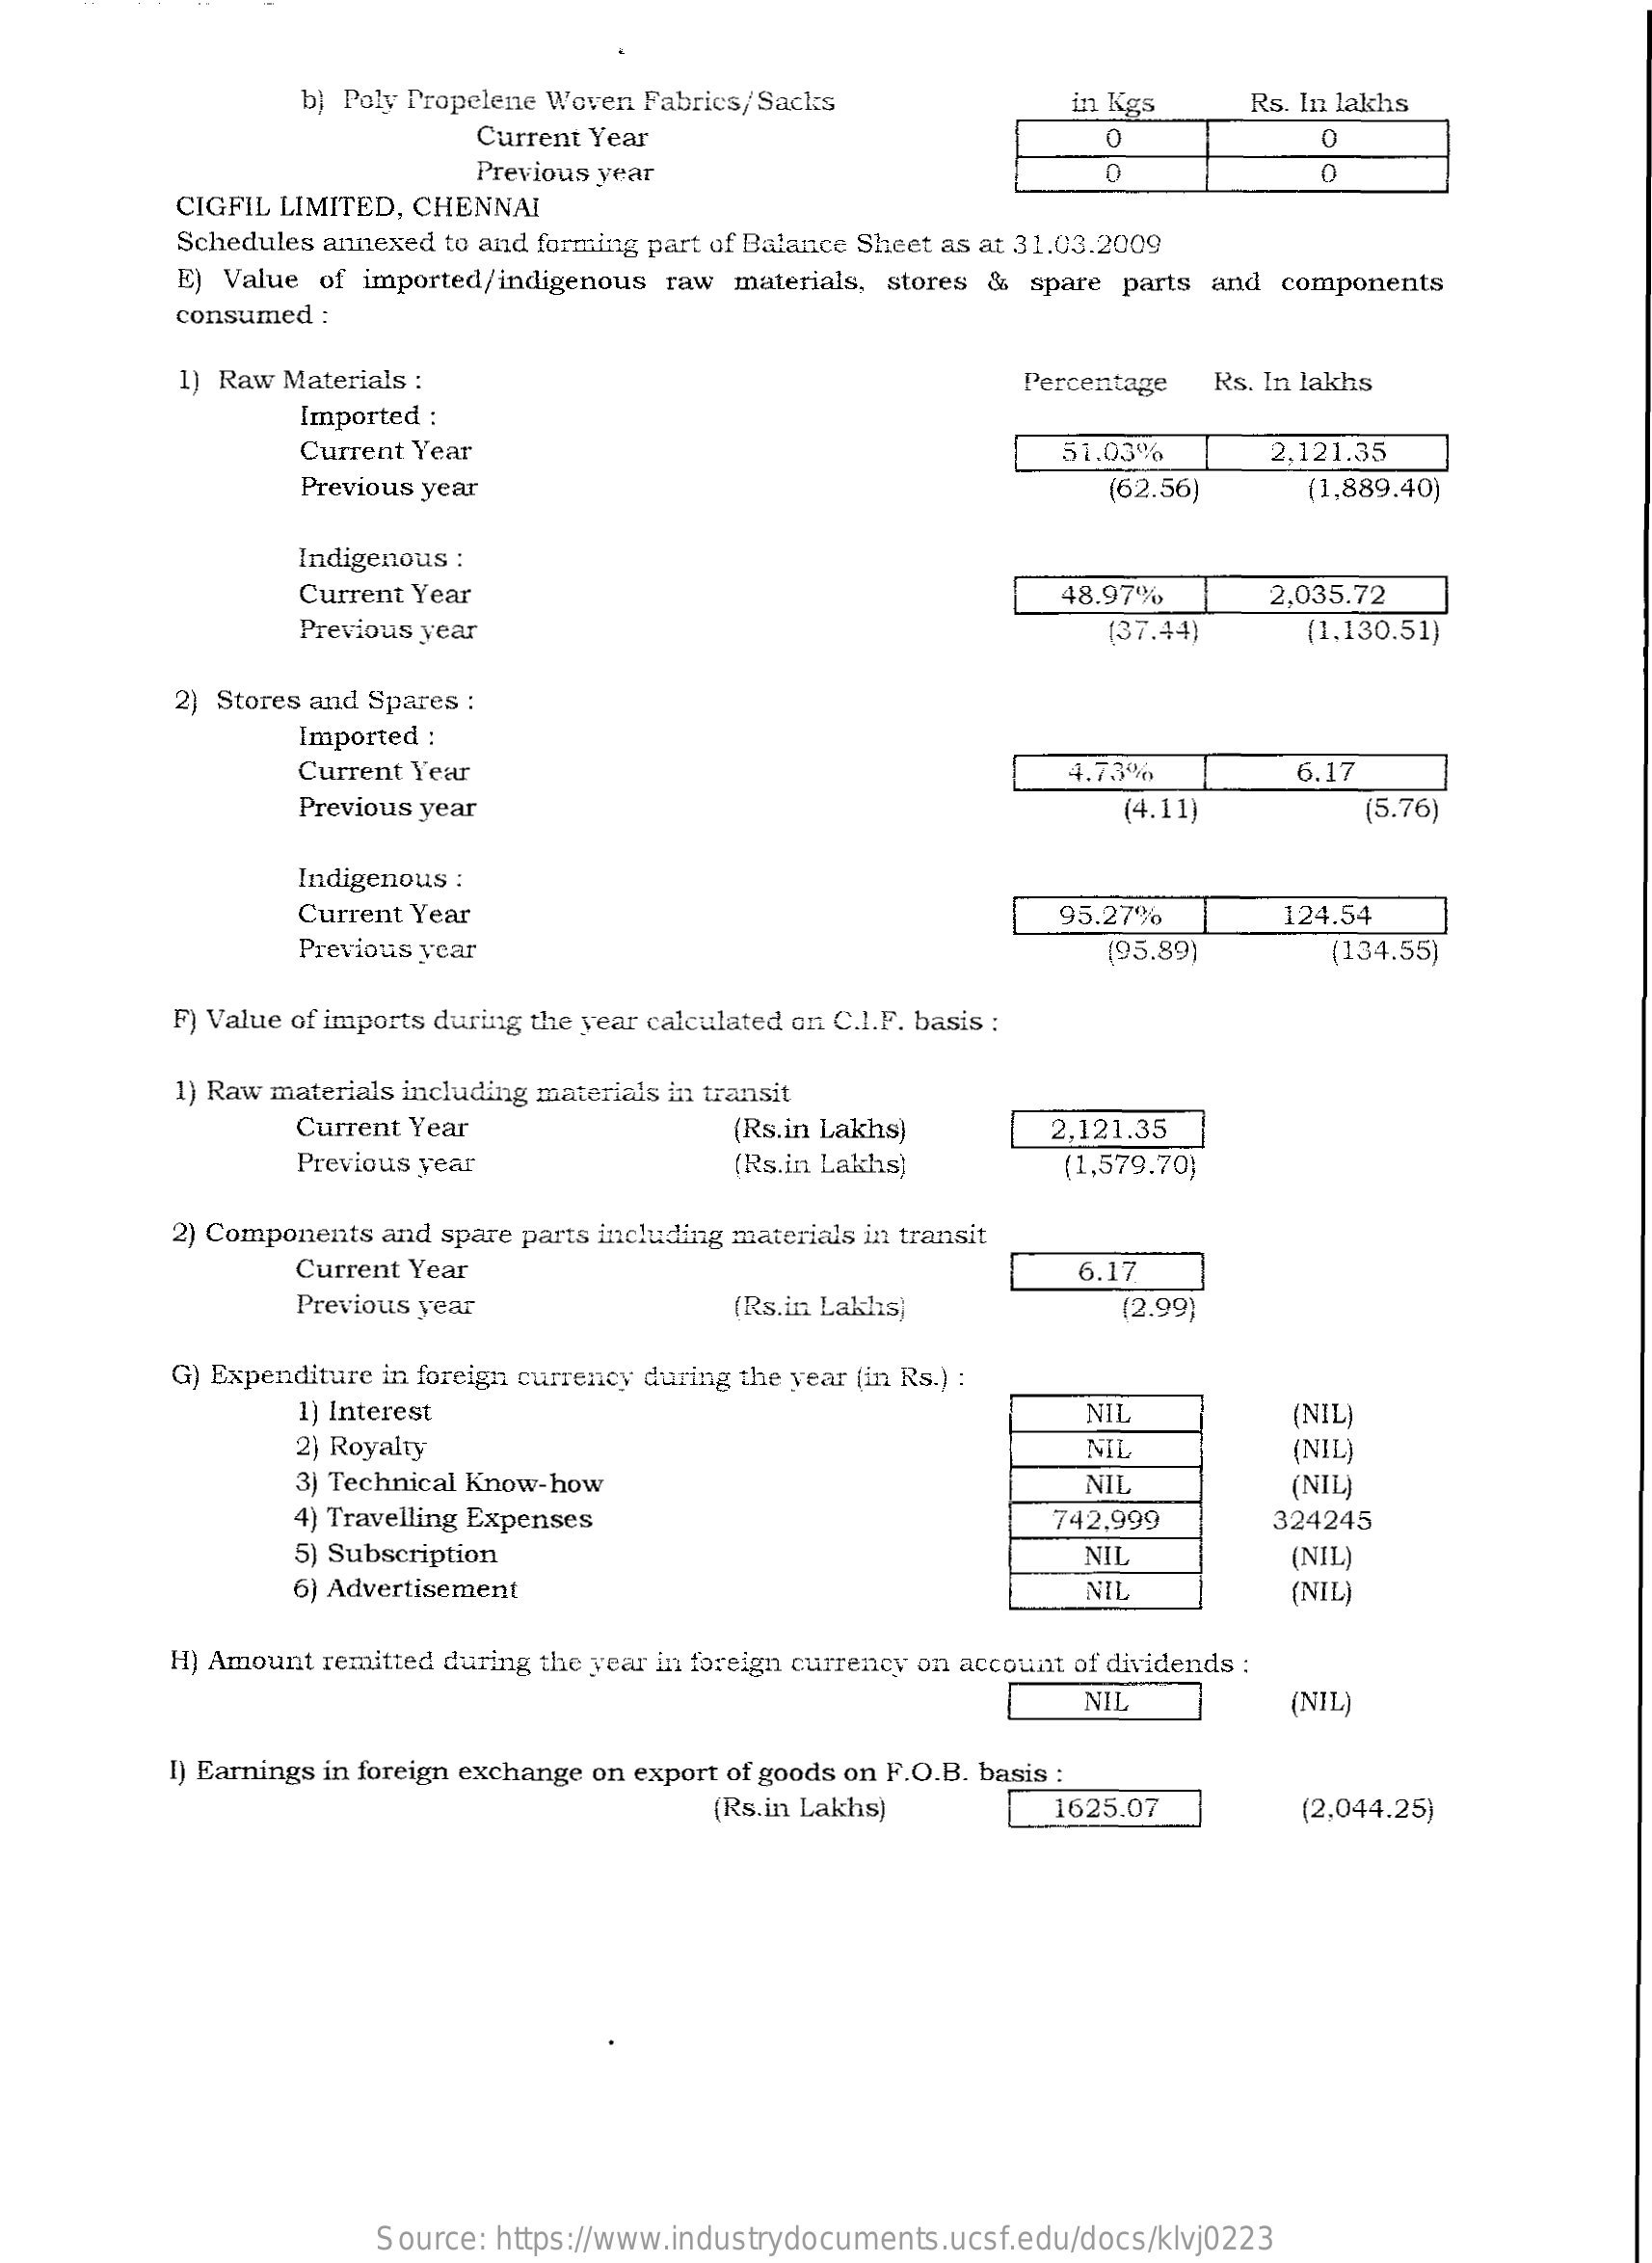
b) Poly Propelene Woven Fabrics/Sacks    in Kgs    Rs. In lakhs
     Current Year    O
     Previous year
     CIGFIL LIMITED, CHENNAI
     Schedules annexed to and forming part of Balance Sheet as at 31.03.2009
     E) Value of imported/indigenous raw materials, stores & spare parts and components
     consumed :
     1) Raw Materials :    Percentage Rs. In lakhs
     Imported :
     Current Year    51.03%    2,121.35
     Previous year    (62.56)    (1,889.40)
     Indigenous :
     Current Year    48.97%    2,035.72
     Previous year    (37.44)    (1,130.51)
     2) Stores and Spares :
     Imported :
     Current Year    4.73%    6.17
     Previous year    (4.11)    (5.76)
     Indigenous :
     Current Year    95.27%    124.54
     Previous year    (95.89)    (134.55)
     F) Value of imports during the year calculated on C.I.F. basis ;
     1) Raw materials including materials in transit
     Current Year    (Rs.in Lakhs)    2,121.35
     Previous year    (Rs.in Lakhs)    (1,579.70}
     2) Components and spare parts including materials in transit
     Current Year    6.17
     Previous year    (Rs.in Lakhis]    (2.99)
     G) Expenditure in foreign currency during the year (in Rs.) :
     1) Interest    NIL    (NIL
     2} Royalty    NIL    (NIL)
     3) Technical Know-how    NIL
     4) Travelling Expenses
     (NIL)
     742.999    324245
     5) Subscription    NIL    (NIL)
     6) Advertisement    NIL    (NIL)
     H) Amount remitted during the year in foreign currency on account of dividends :
     NIL    (NIL)
     I) Earnings in foreign exchange on export of goods on F.O.B. basis :
     (Rs.in Lakhs)    1625.07    (2,044.25)
     Source: https://www.industrydocuments.ucsf.edu/docs/klvj0223